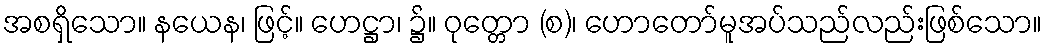
အစရှိသော။ နယေန၊ ဖြင့်။ ဟေဋ္ဌာ၊ ၌။ ဝုတ္တော (စ)၊ ဟောတော်မူအပ်သည်လည်းဖြစ်သော။